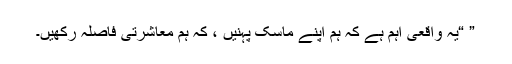
” “یہ واقعی اہم ہے کہ ہم اپنے ماسک پہنیں ، کہ ہم معاشرتی فاصلہ رکھیں۔